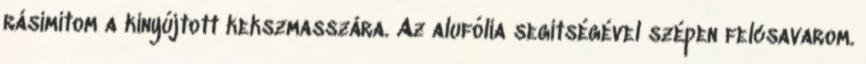
rásimítom a kinyújtott kekszmasszára. Az alufólia segítségével szépen felcsavarom.